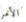
الأمر